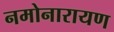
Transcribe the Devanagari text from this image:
नमोनारायण